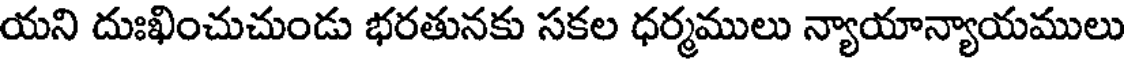
యని దుఃఖించుచుండు భరతునకు సకల ధర్మములు న్యాయాన్యాయములు